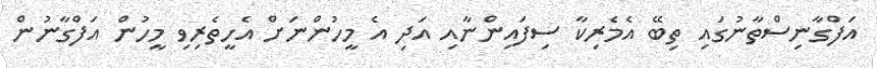
އަފްގާނިސްތާނުގައި ތިބޭ އެމެރިކާ ސިފައިންނާއި އަދި އެ މީހުންނަށް އެހީތެރިވި މީހުން އަފްގާނުން